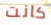
كانت